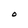
Character: O